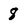
Character: 8